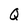
Character: Q